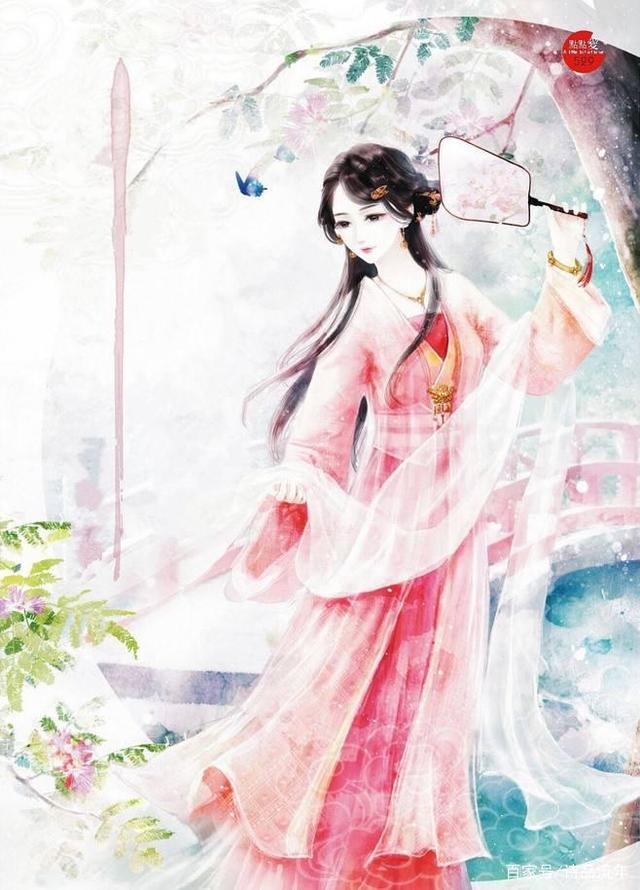
把酒送春春不语。黄昏却下潇潇雨。